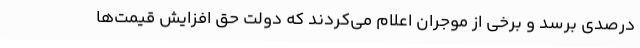
درصدی برسد و برخی از موجران اعلام می‌کردند که دولت حق افزایش قیمت‌ها